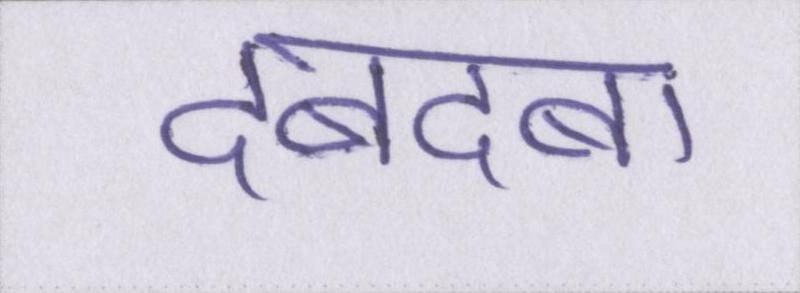
दबदबा